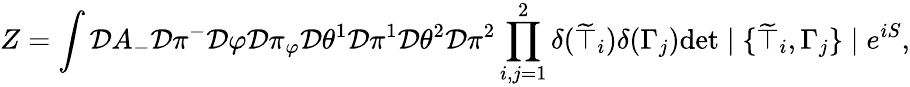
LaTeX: Z=\int{\cal D}A_{-}{\cal D}\pi^{-}{\cal D}\varphi{\cal D}\pi_{\varphi}{\cal D}\theta^{1}{\cal D}\pi^{1}{\cal D}\theta^{2}{\cal D}\pi^{2}\prod_{i,j=1}^{2}\delta(\widetilde{\top}_{i})\delta(\Gamma_{j})\mathrm{det}\mid\{ \widetilde{\top}_{i},\Gamma_{j}\} \mid e^{iS},